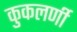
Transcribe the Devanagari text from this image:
कुकलर्णी